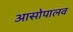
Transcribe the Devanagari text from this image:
आसोपालव